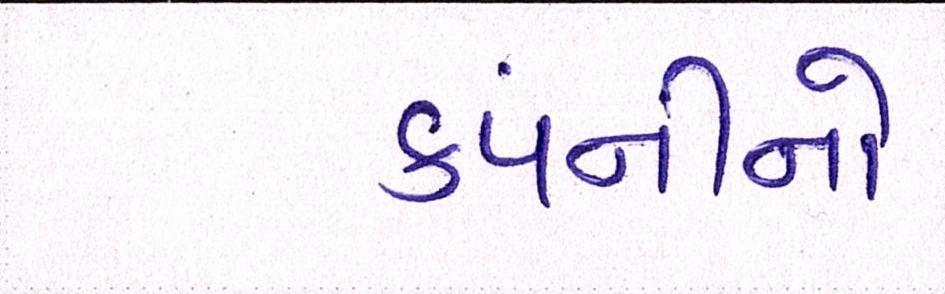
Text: કંપનીનો